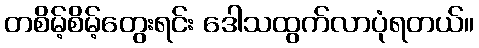
တစိမ့်စိမ့်တွေးရင်း ဒေါသထွက်လာပုံရတယ်။